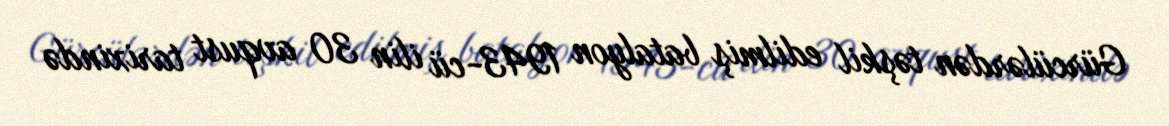
Gürcülərdən təşkil edilmiş batalyon 1943-cü ilin 30 avqust tarixində